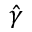
\hat { \boldsymbol { \gamma } }